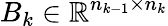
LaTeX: B_{k}\in\mathbb{R}^{n_{k-1}\times n_{k}}